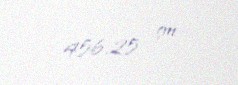
456,25 sm